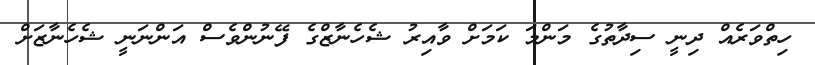
ހިތްވަރެއް ދިނީ ސިދާތުގެ މަންމަ ކަމަށް ވާއިރު ޝެހެނާޒްގެ ފޭނުންވެސް އަންނަނީ ޝެހެނާޒަށް